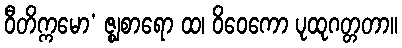
ဝီတိက္ကမော’ ဇ္ဈစာရော ထ၊ ဝိဝေကော ပုထုဂတ္တတာ။